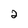
Character: 2